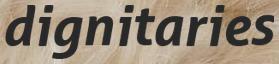
dignitaries